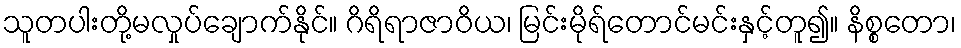
သူတပါးတို့မလှုပ်ချောက်နိုင်။ ဂိရိရာဇာဝိယ၊ မြင်းမိုရ်တောင်မင်းနှင့်တူ၍။ နိစ္စတော၊